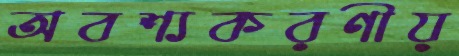
অবশ্যকরণীয়